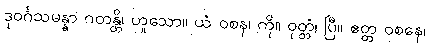
ဒုဝင်္ဂသမန္နာ ဂတန္တိ၊ ဟူသော။ ယံ ဝစန၊ ကို။ ဝုတ္တံ၊ ပြီ။ ဧတ္တ ဝစနေ၊